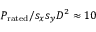
P _ { \mathrm { r a t e d } } / s _ { x } s _ { y } D ^ { 2 } \approx 1 0